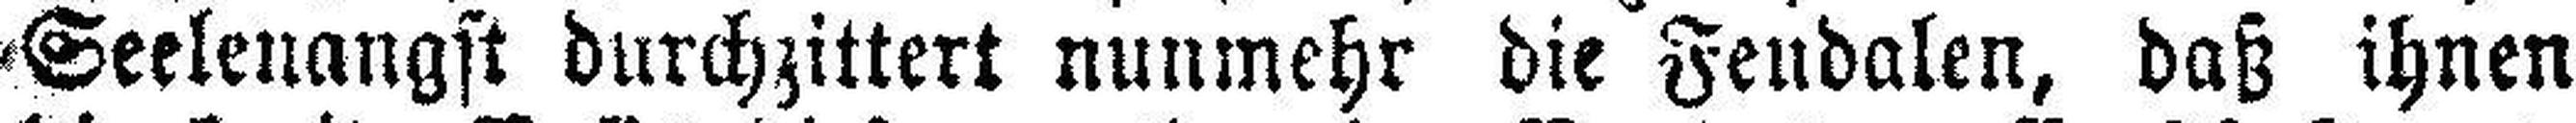
Seelenangst durchzittert nunmehr die Feudalen, daß ihnen